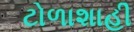
ટોળાશાહી